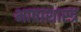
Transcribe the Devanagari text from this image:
भाषाशास्‍त्र